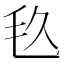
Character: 𣬨